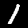
Label: 1